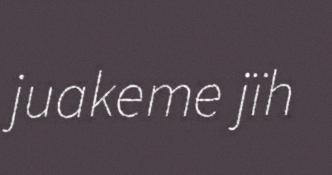
juakeme jïh